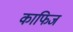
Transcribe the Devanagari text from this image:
काफिज